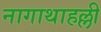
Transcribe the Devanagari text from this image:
नागाथाहल्ली